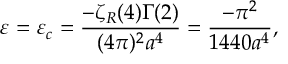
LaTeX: \varepsilon = \varepsilon _ { c } = \frac { - \zeta _ { R } ( 4 ) \Gamma ( 2 ) } { ( 4 \pi ) ^ { 2 } a ^ { 4 } } = \frac { - \pi ^ { 2 } } { 1 4 4 0 a ^ { 4 } } ,